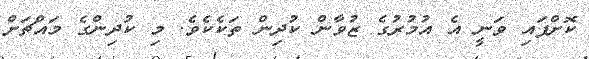
ކޮށްފައި ވަނީ އެ އުމުރުގެ ޒުވާން ކުދިން ތަކެކެވެ. މި ކުދިންގެ މައްޗަށް